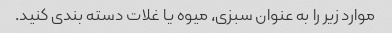
موارد زیر را به عنوان سبزی، میوه یا غلات دسته بندی کنید.